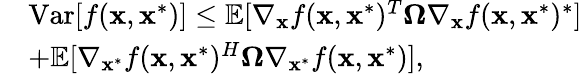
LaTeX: \begin{array}{rl}&{\mathrm{Var}[f(\mathbf{x},\mathbf{x}^{*})]\le\mathbb{E}[\nabla_{\mathbf{x}}f(\mathbf{x},\mathbf{x}^{*})^{T}\mathbf{\Omega}\nabla_{\mathbf{x}}f(\mathbf{x},\mathbf{x}^{*})^{*}]}\\ &{+\mathbb{E}[\nabla_{\mathbf{x}^{*}}f(\mathbf{x},\mathbf{x}^{*})^{H}\mathbf{\Omega}\nabla_{\mathbf{x}^{*}}f(\mathbf{x},\mathbf{x}^{*})],}\end{array}